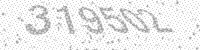
Solution: 319502